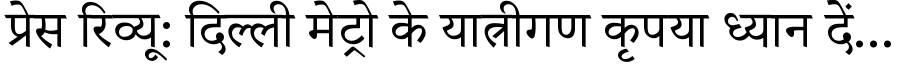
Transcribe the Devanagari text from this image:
प्रेस रिव्यू: दिल्ली मेट्रो के यात्रीगण कृपया ध्यान दें...